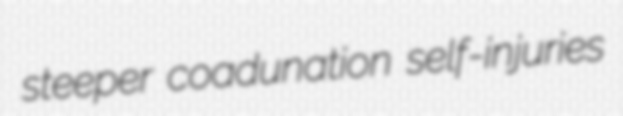
steeper coadunation self-injuries